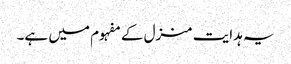
یہ ہدایت منزل کے مفہوم میں ہے۔